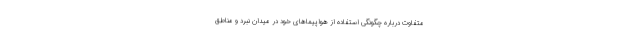
متفاوت درباره چگونگی استفاده از هواپیماهای خود در میدان نبرد و مناطق